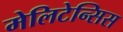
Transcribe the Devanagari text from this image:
मेलिटेन्सिस